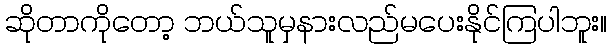
ဆိုတာကိုတော့ ဘယ်သူမှနားလည်မပေးနိုင်ကြပါဘူး။